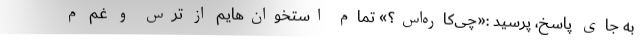
به جای پاسخ، پرسید :«چی‌کاره‌اس؟» تمام استخوان‌هایم از ترس و غم م